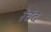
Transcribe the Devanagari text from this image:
रेवंद